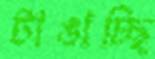
টাঙাচ্ছি